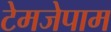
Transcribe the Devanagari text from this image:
टेमजेपाम